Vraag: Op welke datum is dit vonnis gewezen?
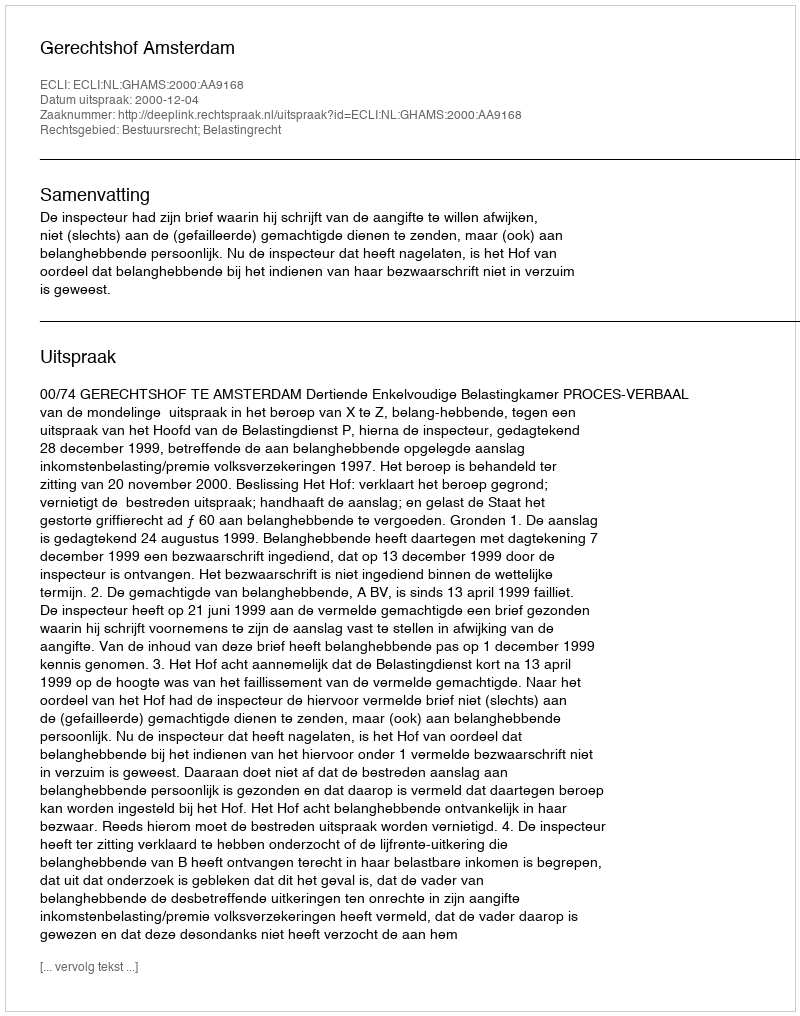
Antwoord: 2000-12-04